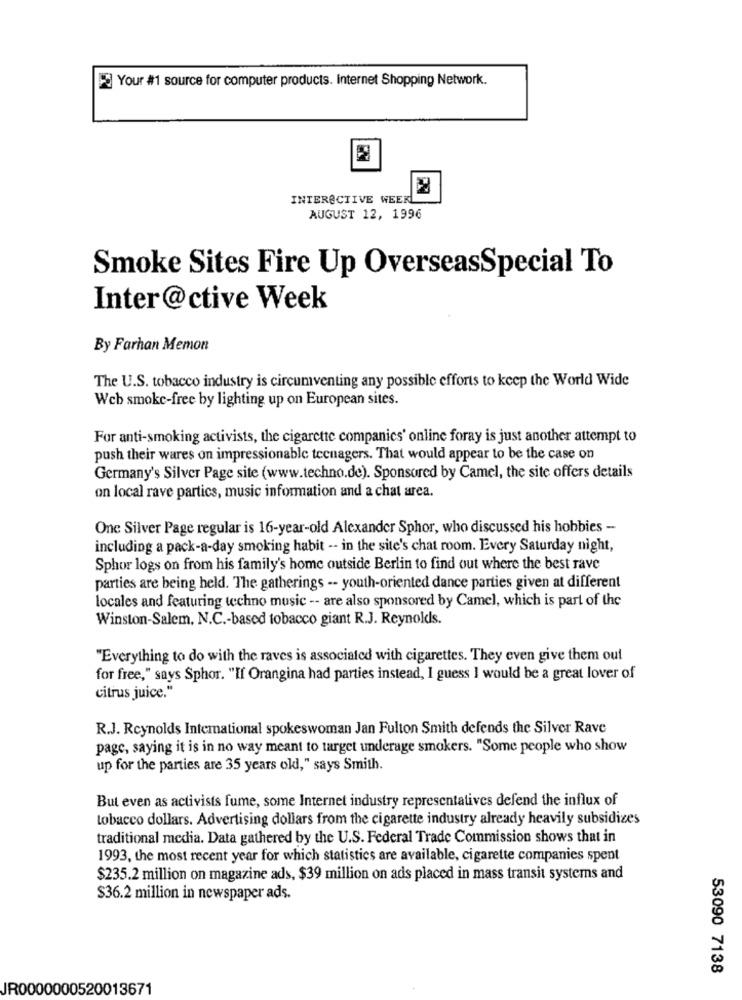
5 Your #1 source for computer products. Internet Shopping Network.
INTERACTIVE WEEKL
AUGUST 12, 1996
Smoke Sites Fire Up OverseasSpecial To
Inter@ctive Week
By Farhan Memon
The U.S. tobacco industry is circumventing any possible efforts to keep the World Wide
Web smoke-free by lighting up on European sites.
For anti-smoking activists, the cigarette companies' online foray is just another attempt to
push their wares on impressionable teenagers. That would appear to be the case on
Germany's Silver Page site (www.techno.de). Sponsored by Camel, the site offers details
on local rave partics, music information and a chat area.
One Silver Page regular is 16-year-old Alexander Sphor, who discussed his hobbies -
including a pack-a-day smoking habit -- in the site's chat room. Every Saturday night,
Sphor logs on from his family's home outside Berlin to find out where the best rave
parties are being held. The gatherings -- youth-oriented dance parties given at different
locales and featuring techno music -- are also sponsored by Camel, which is part of the
Winston-Salem. N.C .- based tobacco giant R.J. Reynolds.
"Everything to do with the raves is associated with cigarettes. They even give them out
for free," says Sphor. "If Orangina had parties instead, I guess I would be a great lover of
citrus juice."
R.J. Reynolds International spokeswoman Jan Fulton Smith defends the Silver Rave
page, saying it is in no way meant to target underage smokers. "Some people who show
up for the parties are 35 years oldl," says Smith.
But even as activists fume, some Internet industry representatives defend the influx of
tobacco dollars. Advertising dollars from the cigarette industry already heavily subsidizes
traditional media. Data gathered by the U.S. Federal Trade Commission shows that in
1993, the most recent year for which statistics are available, cigarette companies spent
$235.2 million on magazine ads, $39 million on ads placed in mass transit systems and
$36.2 million in newspaper ads.
53090 7138
JR0000000520013671